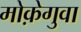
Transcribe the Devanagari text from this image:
मोक़ेगुवा